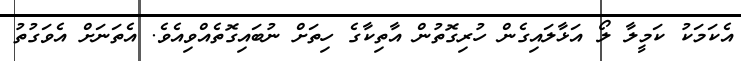
އެކަމަކު ކަމީލާ ލޯ އަޅާލައިގެން ހުރިގޮތުން އާތިކާގެ ހިތަށް ނުބައިގޮތެއްވިއެވެ. އެތަނަށް އެވަގުތު